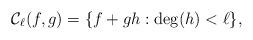
LaTeX: \begin{align*}\mathcal{C}_\ell(f,g) = \{f + gh : \deg(h) < \ell\},\end{align*}